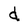
Character: d